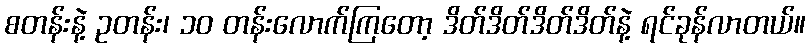
စတန်းနဲ့ ဥတန်း၊ ၁၀ တန်းလောက်ကြတော့ ဒိတ်ဒိတ်ဒိတ်ဒိတ်နဲ့ ရင်ခုန်လာတယ်။